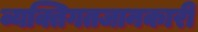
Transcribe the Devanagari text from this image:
व्यक्तिगतजानकारी